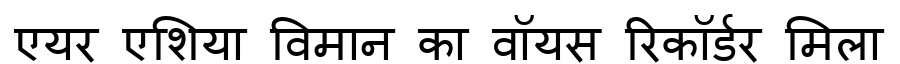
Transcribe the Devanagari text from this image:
एयर एशिया विमान का वॉयस रिकॉर्डर मिला